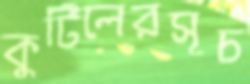
কুটিলেরসূচ